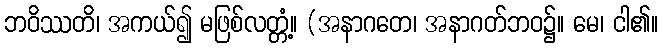
ဘဝိဿတိ၊ အကယ်၍ မဖြစ်လတ္တံ့။ (အနာဂတေ၊ အနာဂတ်ဘဝ၌။ မေ၊ ငါ၏။